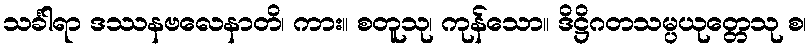
သင်္ခါရာ ဒဿနဗလေနာတိ၊ ကား။ စတူသု၊ ကုန်သော။ ဒိဋ္ဌိဂတသမ္ပယုတ္တေသု စ၊